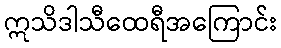
ဣသိဒါသီထေရီအကြောင်း